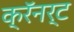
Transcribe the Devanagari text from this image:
क्रॅनर्ट